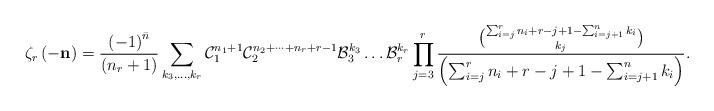
LaTeX: \begin{align*}\zeta_{r}\left(-\mathbf{n}\right)=\frac{\left(-1\right)^{\bar{n}}}{\left(n_{r}+1\right)}\sum_{k_{3},\dots,k_{r}}\mathcal{C}_{1}^{n_{1}+1}\mathcal{C}_{2}^{n_{2}+\dots+n_{r}+r-1}\mathcal{B}_{3}^{k_{3}}\dots\mathcal{B}_{r}^{k_{r}}\prod_{j=3}^{r}\frac{\binom{\sum_{i=j}^{r}n_{i}+r-j+1-\sum_{i=j+1}^{n}k_{i}}{k_{j}}}{\left(\sum_{i=j}^{r}n_{i}+r-j+1-\sum_{i=j+1}^{n}k_{i}\right)}.\end{align*}